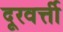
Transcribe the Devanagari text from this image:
दूरवर्त्ती